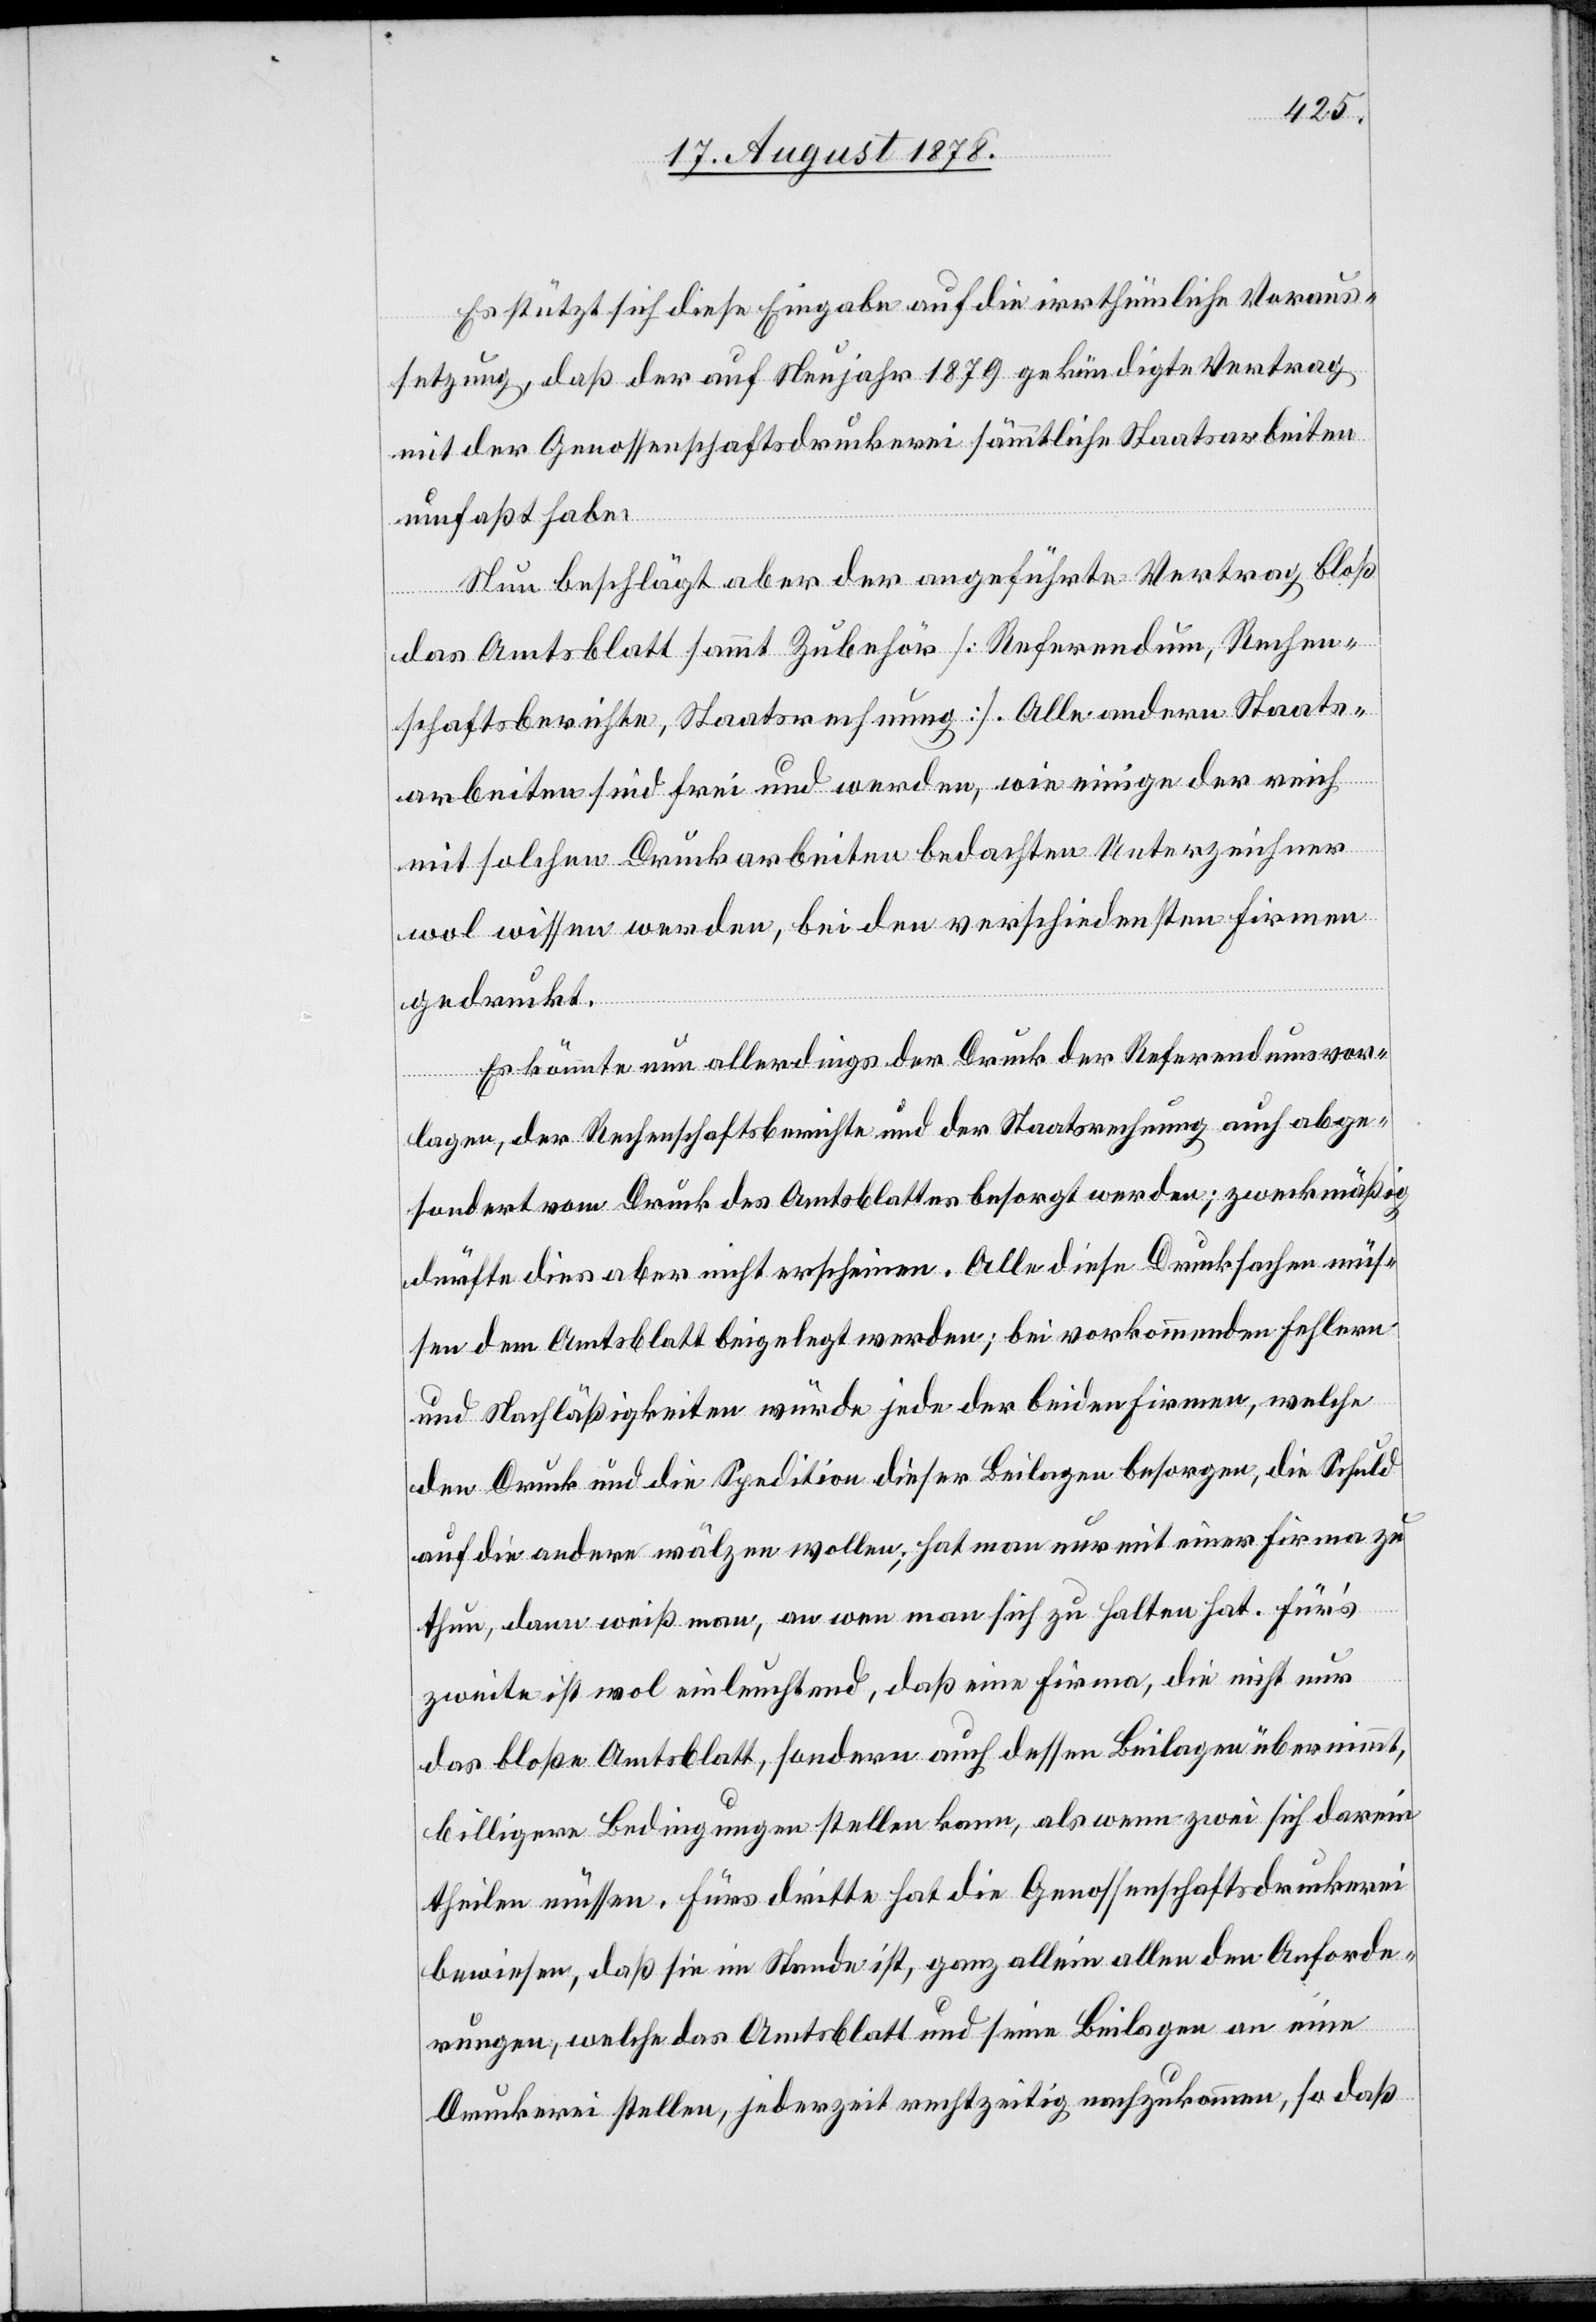
Es stützt sich diese Eingabe auf die irrthümliche Voraus¬
setzung, daß der auf Neujahr 1879 gekündigte Vertrag
mit der Genossenschaftsdruckerei sämmtliche Staatsarbeiten
umfaßt habe.
Nun beschlägt aber der angeführte Vertrag bloß
das Amtsblatt sammt Zubehör [Referendum, Rechen¬
schaftsberichte, Staatsrechnung]. Alle andern Staats¬
arbeiten sind frei und werden, wie einige der reich
mit solchen Druckarbeiten bedachten Unterzeichner
wol wissen werden, bei den verschiedensten Firmen
gedruckt.
Es könnte nun allerdings der Druck der Referendumsvor¬
lagen der Rechenschaftsberichte und der Staatsrechnung auch abge¬
sondert vom Druck des Amtsblattes besorgt werden; zweckmäßig
dürfte dies aber nicht erscheinen. Alle diese Drucksachen müs¬
sen dem Amtsblatt beigelegt werden; bei vorkommenden Fehlern
und Nachlässigkeiten würde jede der beiden Firmen, welche
den Druck und die Spedition dieser Beilagen besorgen, die Schuld
auf die andere wälzen wollen; hat man nur mit einer Firma zu
thun, dann weiß man, an wen man sich zu halten hat. Für’s
zweite ist wol einleuchtend, daß eine Firma, die nicht nur
das bloße Amtsblatt, sondern auch dessen Beilagen übernimmt,
billigere Bedingungen stellen kann, als wenn zwei sich darein
theilen müssen. Fürs dritte hat die Genossenschaftsdruckerei
bewiesen, daß sie im Stande ist, ganz allein allen den Anforde¬
rungen, welche das Amtsblatt und seine Beilagen an eine
Druckerei stellen, jederzeit rechtzeitig nachzukommen, so daß